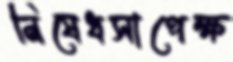
নিষেধসাপেক্ষ